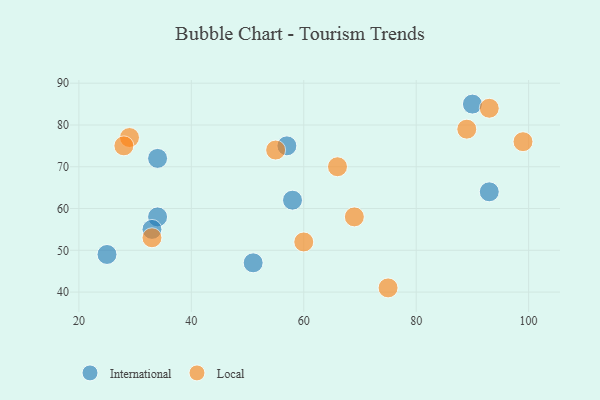
{"axis": {"x": "GDP", "y": "Life Expectancy"}, "legend": ["International", "Local"], "data": [{"x": "34", "y": 58, "type": "International"}, {"x": "93", "y": 64, "type": "International"}, {"x": "57", "y": 75, "type": "International"}, {"x": "51", "y": 47, "type": "International"}, {"x": "33", "y": 55, "type": "International"}, {"x": "58", "y": 62, "type": "International"}, {"x": "90", "y": 85, "type": "International"}, {"x": "34", "y": 72, "type": "International"}, {"x": "25", "y": 49, "type": "International"}, {"x": "75", "y": 41, "type": "Local"}, {"x": "33", "y": 53, "type": "Local"}, {"x": "55", "y": 74, "type": "Local"}, {"x": "29", "y": 77, "type": "Local"}, {"x": "93", "y": 84, "type": "Local"}, {"x": "89", "y": 79, "type": "Local"}, {"x": "69", "y": 58, "type": "Local"}, {"x": "99", "y": 76, "type": "Local"}, {"x": "28", "y": 75, "type": "Local"}, {"x": "60", "y": 52, "type": "Local"}, {"x": "66", "y": 70, "type": "Local"}]}